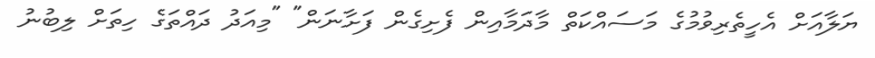
ޔަލާއަށް އެހީތެރިވުމުގެ މަސައްކަތް މާދަމާއިން ފެށިގެން ފަށާނަން" "މިއަދު ދައްތަގެ ހިތަށް ލިބުނު